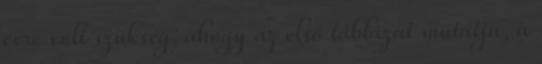
évre volt szükség; ahogy az első táblázat mutatja, a